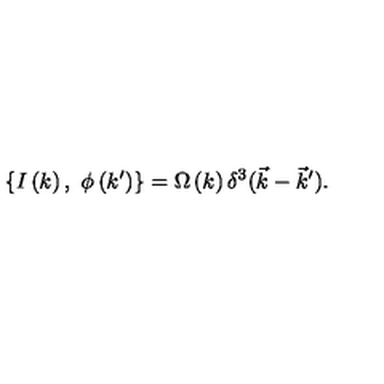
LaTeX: \{ I \left( k \right) , \ \phi \left( k ^ { \prime } \right) \} = \Omega \left( k \right) \delta ^ { 3 } ( \vec { k } - \vec { k } ^ { \prime } ) .